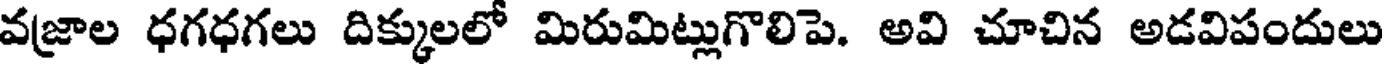
వజ్రాల ధగధగలు దిక్కులలో మిరుమిట్లుగొలిపె. అవి చూచిన అడవిపందులు